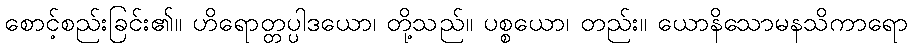
စောင့်စည်းခြင်း၏။ ဟိရောတ္တပ္ပါဒယော၊ တို့သည်။ ပစ္စယော၊ တည်း။ ယောနိသောမနသိကာရော